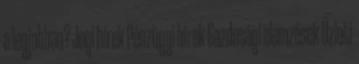
a legjobban? Jogi hírek Pénzügyi hírek Gazdasági elemzések Üzleti